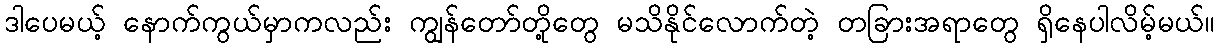
ဒါပေမယ့် နောက်ကွယ်မှာကလည်း ကျွန်တော်တို့တွေ မသိနိုင်လောက်တဲ့ တခြားအရာတွေ ရှိနေပါလိမ့်မယ်။